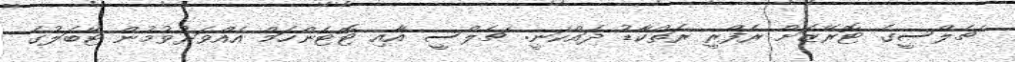
ޗެލްސީގެ ޓޮރޭޒަށް ރެފްރީ ރަތްކާޑު ދައްކަނީ: ޗެލްސީ އާއި ޓޮޓެންހަމް އެއްވަރުވުމުން ޓޭބަލުގެ